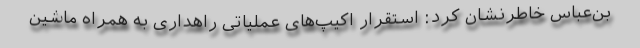
بن‌عباس خاطرنشان کرد: استقرار اکیپ‌های عملیاتی راهداری به همراه ماشین